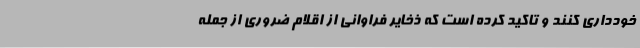
خودداری کنند و تاکید کرده است که ذخایر فراوانی از اقلام ضروری از جمله